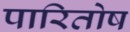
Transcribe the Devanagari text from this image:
पारितोष